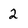
Character: 2